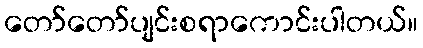
တော်တော်ပျင်းစရာကောင်းပါတယ်။